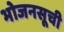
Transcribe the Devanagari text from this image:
भोजनसूची